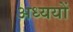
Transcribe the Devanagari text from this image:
अध्ययों